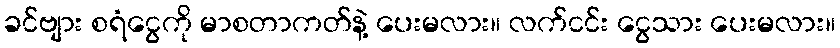
ခင်ဗျား စရံငွေကို မာစတာကတ်နဲ့ ပေးမလား။ လက်ငင်း ငွေသား ပေးမလား။